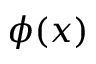
\phi ( x )